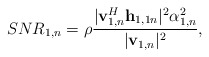
\begin{align*}&SNR_{1,n} = \rho \frac{|\mathbf{v}_{1,n}^H\mathbf{h}_{1,1n}|^2 \alpha_{1,n}^2 }{ |\mathbf{v}_{1,n}|^2 },\end{align*}